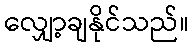
လျှော့ချနိုင်သည်။